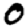
Digit: 0